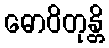
ဓောဝိတုန္တိ